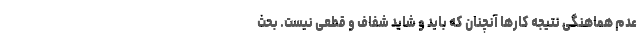
عدم هماهنگی نتیجه کارها آنچنان که باید و شاید شفاف و قطعی نیست. بحث